Leaving Certificate, 1898
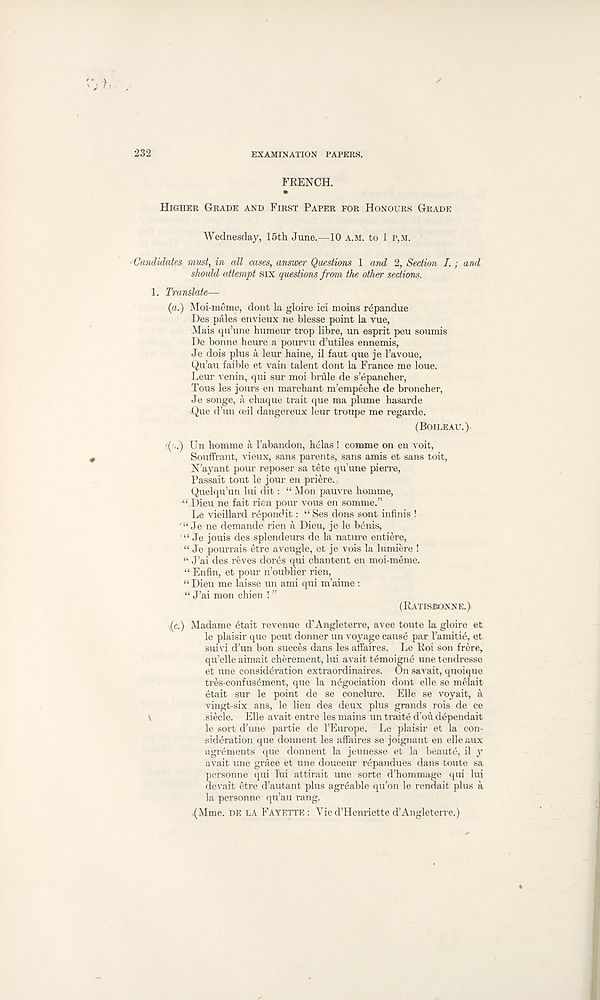
232
EXAMINATION PAPERS.
FRENCH.
HIGHER GRADE AND FIRST PAPER FOR HONOURS GRADE
Wednesday, 15th June.—10 A.M. to 1 r,M.
-Candidates must, in all cases, answer Questions 1 and 2, Section I.; and
should attempt six questions from the other sections.
L Translate—
(a.) Moi-meme, dont la gloire ici moins r^pandue
Des pales envieux ne blesse point la vue,
Mais qu’une humeur trop libre, un esprit pen soumis
De bonne heure a pourvu d’utiles ennemis,
Je dois plus a leur haine, il faut que je 1’avoue,
Qu’au faible et vain talent dont la France me loue.
Leur venin, qui sur moi brule de s’epaneher,
Tous les jours en marchant m’empeche de broncher,
Je songe, a chaque trait que ma plume hasarde
vQue d’un ceil dangereux leur troupe me regarde.
(BOILEAU.)
•('•.') Un homme ii 1’abandon, helas ! comme on en voit,
Souffrant, vieux, sans parents, sans amis et sans toit,
N’ayant pour reposer sa tete qu’une pierre,
Passait tout le jour en priere.
Quelqu’un lui dit: “ Mon pauvre homme,
-“jDieu ne fait rien pour vous en somme.”
Le vieillard reponcHt: “ Ses dons sont infinis !
' “ Je ne demande rien a Dieu, je le lUnis,
“ Je jouis des splendours de la nature entiere,
“ Je pourrais etre aveugle, et je vois la lumiere !
“ J’ai des reves dor6s qui chantent en moi-meme.
“ Enfin, et pour n’oublier rien,
“Dieu me laisse un ami qui m’aime:
“ J’ai mon chien ! ”
(RATISBONNE.)
(c.) Madame 6tait revenue d’Angleterre, avec toute la gloire et
le plaisir que peut donner un voyage cause par I’amitie, et
suivi d’un bon succes dans les affaires. Le Roi son frere,
qu’elle aimait cherement, lui avait Umoigne une tendresse
et une consideration extraordinaires. On savait, quoique
tres-confusement, que la n6gociation dont elle se melait
etait sur le point de se conclure. Elle se voyait, a
vingt-six ans, le lien des deux plus grands rois de ce
siecle. Elle avait entre les mains un traite d’ou d^pendait
le sort d’une partie de 1’Europe. Le plaisir et la con-
sideration que donnent les affaires se joignant en elle aux
agrements que donnent la jeunesse et la beaute, il y
avait une grace et une douceur r^pandues dans toute sa
personne qui lui attirait une sorte d’hommage qui lui
devait etre d’autant plus agitable qu’on le rendait plus a
la personne qu’au rang.
.(Mme. DE LA FAYETTE : Vie d’Henriette d’Angleterre.)